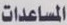
المساعدات